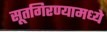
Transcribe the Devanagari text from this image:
सूतगिरण्यामध्ये